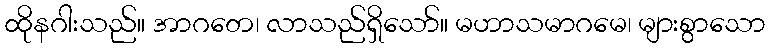
ထိုနဂါးသည်။ အာဂတေ၊ လာသည်ရှိသော်။ မဟာသမာဂမေ၊ များစွာသော